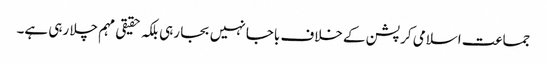
جماعت اسلامی کرپشن کے خلاف باجا نہیں بجا رہی بلکہ حقیقی مہم چلا رہی ہے۔